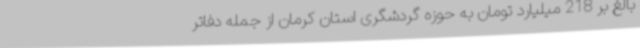
بالغ بر 218 میلیارد تومان به حوزه گردشگری استان کرمان از جمله دفاتر